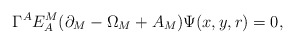
\begin{align*}\Gamma^A E_A^M(\partial_M-\Omega_M+A_M)\Psi(x,y,r)=0,\end{align*}